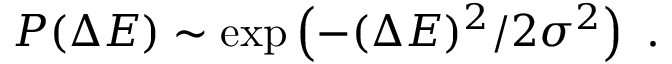
P ( \Delta E ) \sim \exp \left( - ( \Delta E ) ^ { 2 } / 2 \sigma ^ { 2 } \right) \ .